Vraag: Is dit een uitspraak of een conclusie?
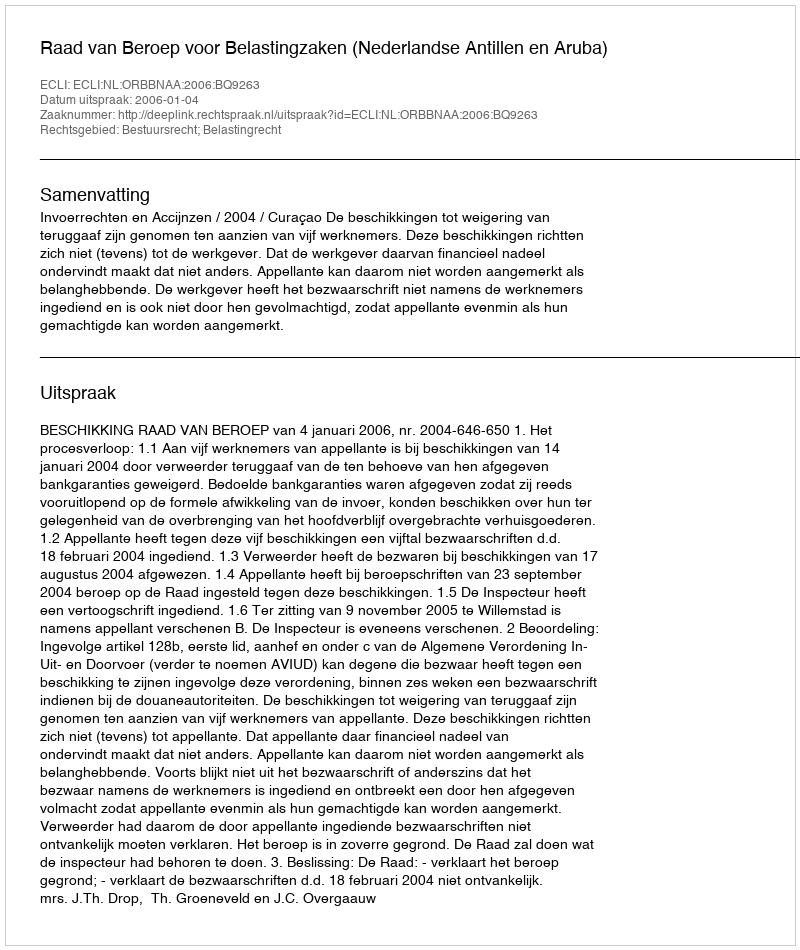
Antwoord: Uitspraak